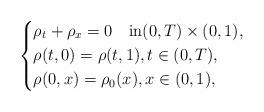
LaTeX: \begin{align*}\begin{dcases}\rho_{t}+\rho_{x}=0\quad\mbox{in}(0,T)\times(0,1),\\\rho(t,0)=\rho(t,1),t\in (0,T), \\\rho(0,x)=\rho_{0}(x),x\in (0,1),\end{dcases}\end{align*}